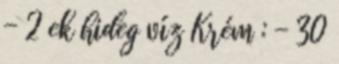
- 2 ek hideg víz Krém : - 30